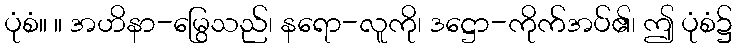
ပုံစံ။ ။ အဟိနာ-မြွေသည်၊ နရော-လူကို၊ ဒဋ္ဌော-ကိုက်အပ်၏၊ ဤ ပုံစံ၌